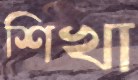
শিখা